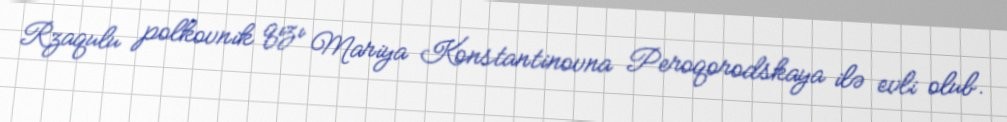
Rzaqulu polkovnik qızı Mariya Konstantinovna Peroqorodskaya ilə evli olub.